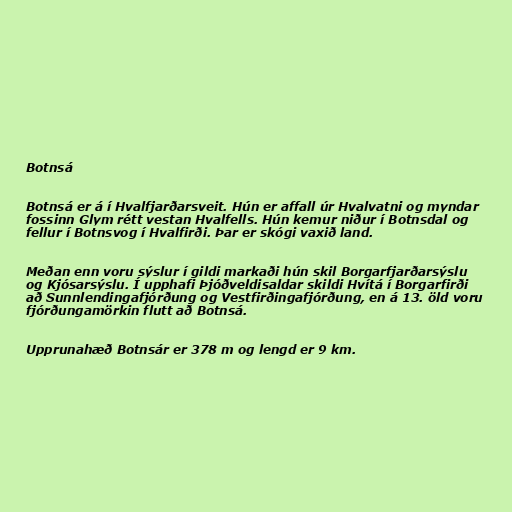
Botnsá

Botnsá er á í Hvalfjarðarsveit. Hún er affall úr Hvalvatni og myndar
fossinn Glym rétt vestan Hvalfells. Hún kemur niður í Botnsdal og
fellur í Botnsvog í Hvalfirði. Þar er skógi vaxið land.

Meðan enn voru sýslur í gildi markaði hún skil Borgarfjarðarsýslu
og Kjósarsýslu. Í upphafi Þjóðveldisaldar skildi Hvítá í Borgarfirði
að Sunnlendingafjórðung og Vestfirðingafjórðung, en á 13. öld voru
fjórðungamörkin flutt að Botnsá.

Upprunahæð Botnsár er 378 m og lengd er 9 km.